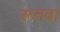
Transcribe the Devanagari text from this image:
रूतबा